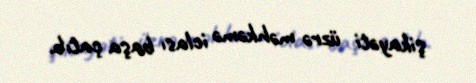
şikayəti üzrə məhkəmə iclası başa çatıb.